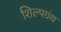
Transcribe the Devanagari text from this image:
शिल्पग्रंथ